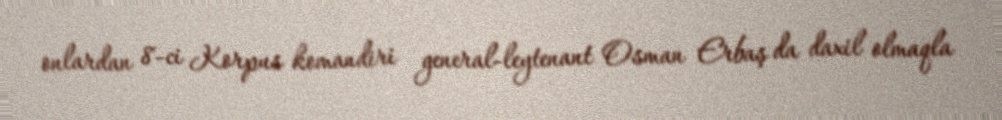
onlardan 8-ci Korpus komandiri general-leytenant Osman Erbaş da daxil olmaqla